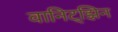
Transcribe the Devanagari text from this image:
वानिट्झिन